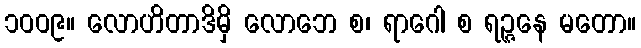
၁၀၀၉။ လောဟိတာဒိမှိ လောဘေ စ၊ ရာဂေါ စ ရဉ္ဇနေ မတော။